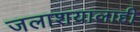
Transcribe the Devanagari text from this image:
जलाशयालाही